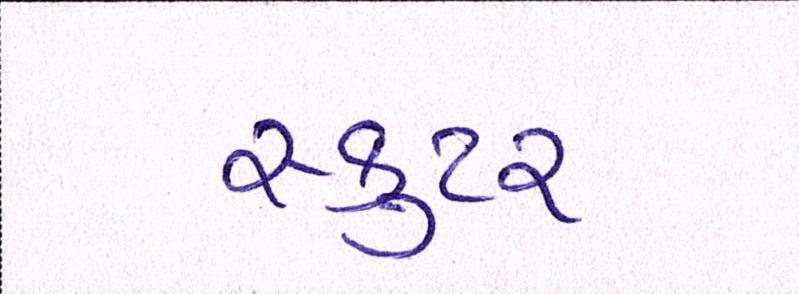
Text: સ્કુટર